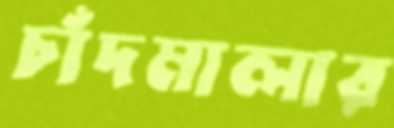
চাঁদমালার